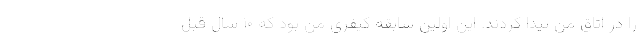
را در اتاق من پیدا کردند. این اولین سابقه کیفری من بود که ۱۰ سال قبل